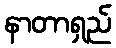
နာတာရှည်